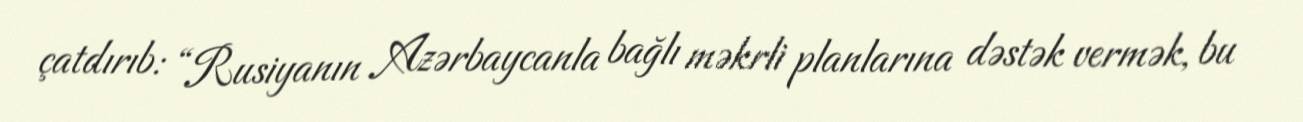
çatdırıb: “Rusiyanın Azərbaycanla bağlı məkrli planlarına dəstək vermək, bu